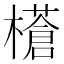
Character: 𭬝